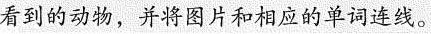
看到的动物,并将图片和相应的单词连线.